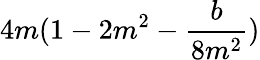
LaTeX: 4m(1-2m^{2}-\frac{b}{8m^{2}})